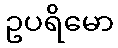
ဥပရိမော